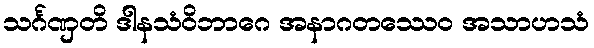
သင်္ဂဏှတိ ဒါနသံဝိဘာဂေ အနာဂတဿေဝ အသာဟသံ